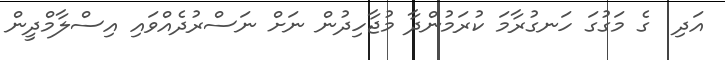
އަދި  ގެ މަގުގަ ހަނގުރާމަ ކުރަމުންދާ މުޖާހިދުން ނަށް ނަސްރުދެއްވައި އިސްލާމްދީން